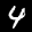
Label: 4